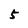
Character: 5